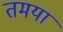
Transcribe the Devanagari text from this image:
तमया